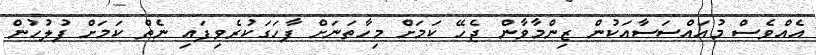
އެއްވެސް މުއައްސަސާއަކުން ޒިންމާވާން ޖެހޭ ކަމަށް މިހާތަނަށް ފާހަގަކުރެވިފައި ނެތް ކަމަށް ފުލުހުން